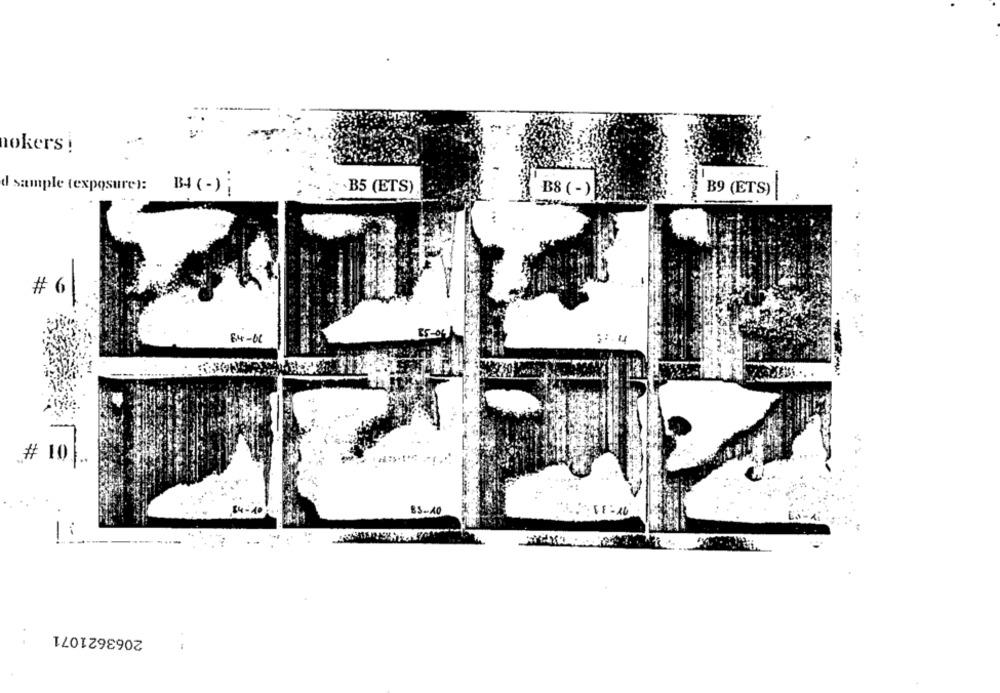
nokers !
d sample (exposures: B4 (-) ;
B5 (ETS)
B8 (-)
B9 (ETS)
#
85-04
84-60
--
# 10.
BS-AO
1
2063621071